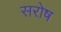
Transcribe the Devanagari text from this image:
सरोष